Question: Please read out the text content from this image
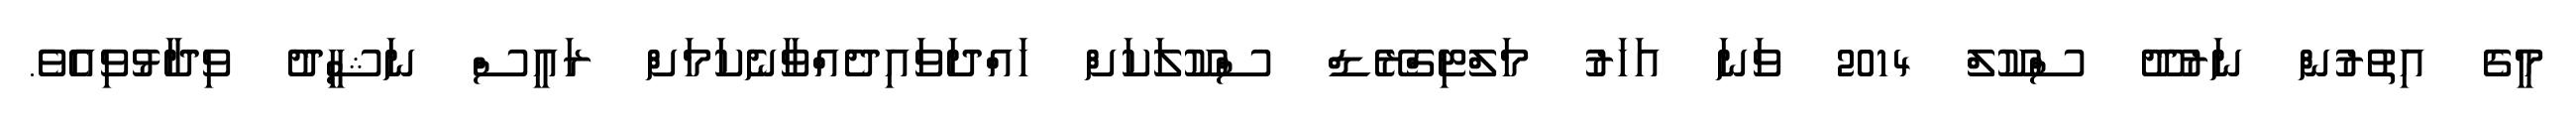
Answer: މީގެ އިތުރުން ނަރުދޫ ސްކޫލް 2014 ވަނަ އަހަރު މަލްޓިގްރޭޑް ސްކޫލަކަށް ހައްދަވައިދެއްވާނެކަމަށް ރައީސް ނަޝީދު ވިދާޅުވިއެވެ.